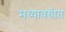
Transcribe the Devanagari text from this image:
मध्यावधीत